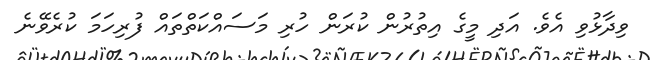
ވިދާޅުވި އެވެ. އަދި މީގެ އިތުރުން ކުރަން ހުރި މަސައްކަތްތައް ފުރިހަމަ ކުރެވޭނެ